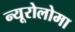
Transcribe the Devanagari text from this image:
न्यूरोलोमा